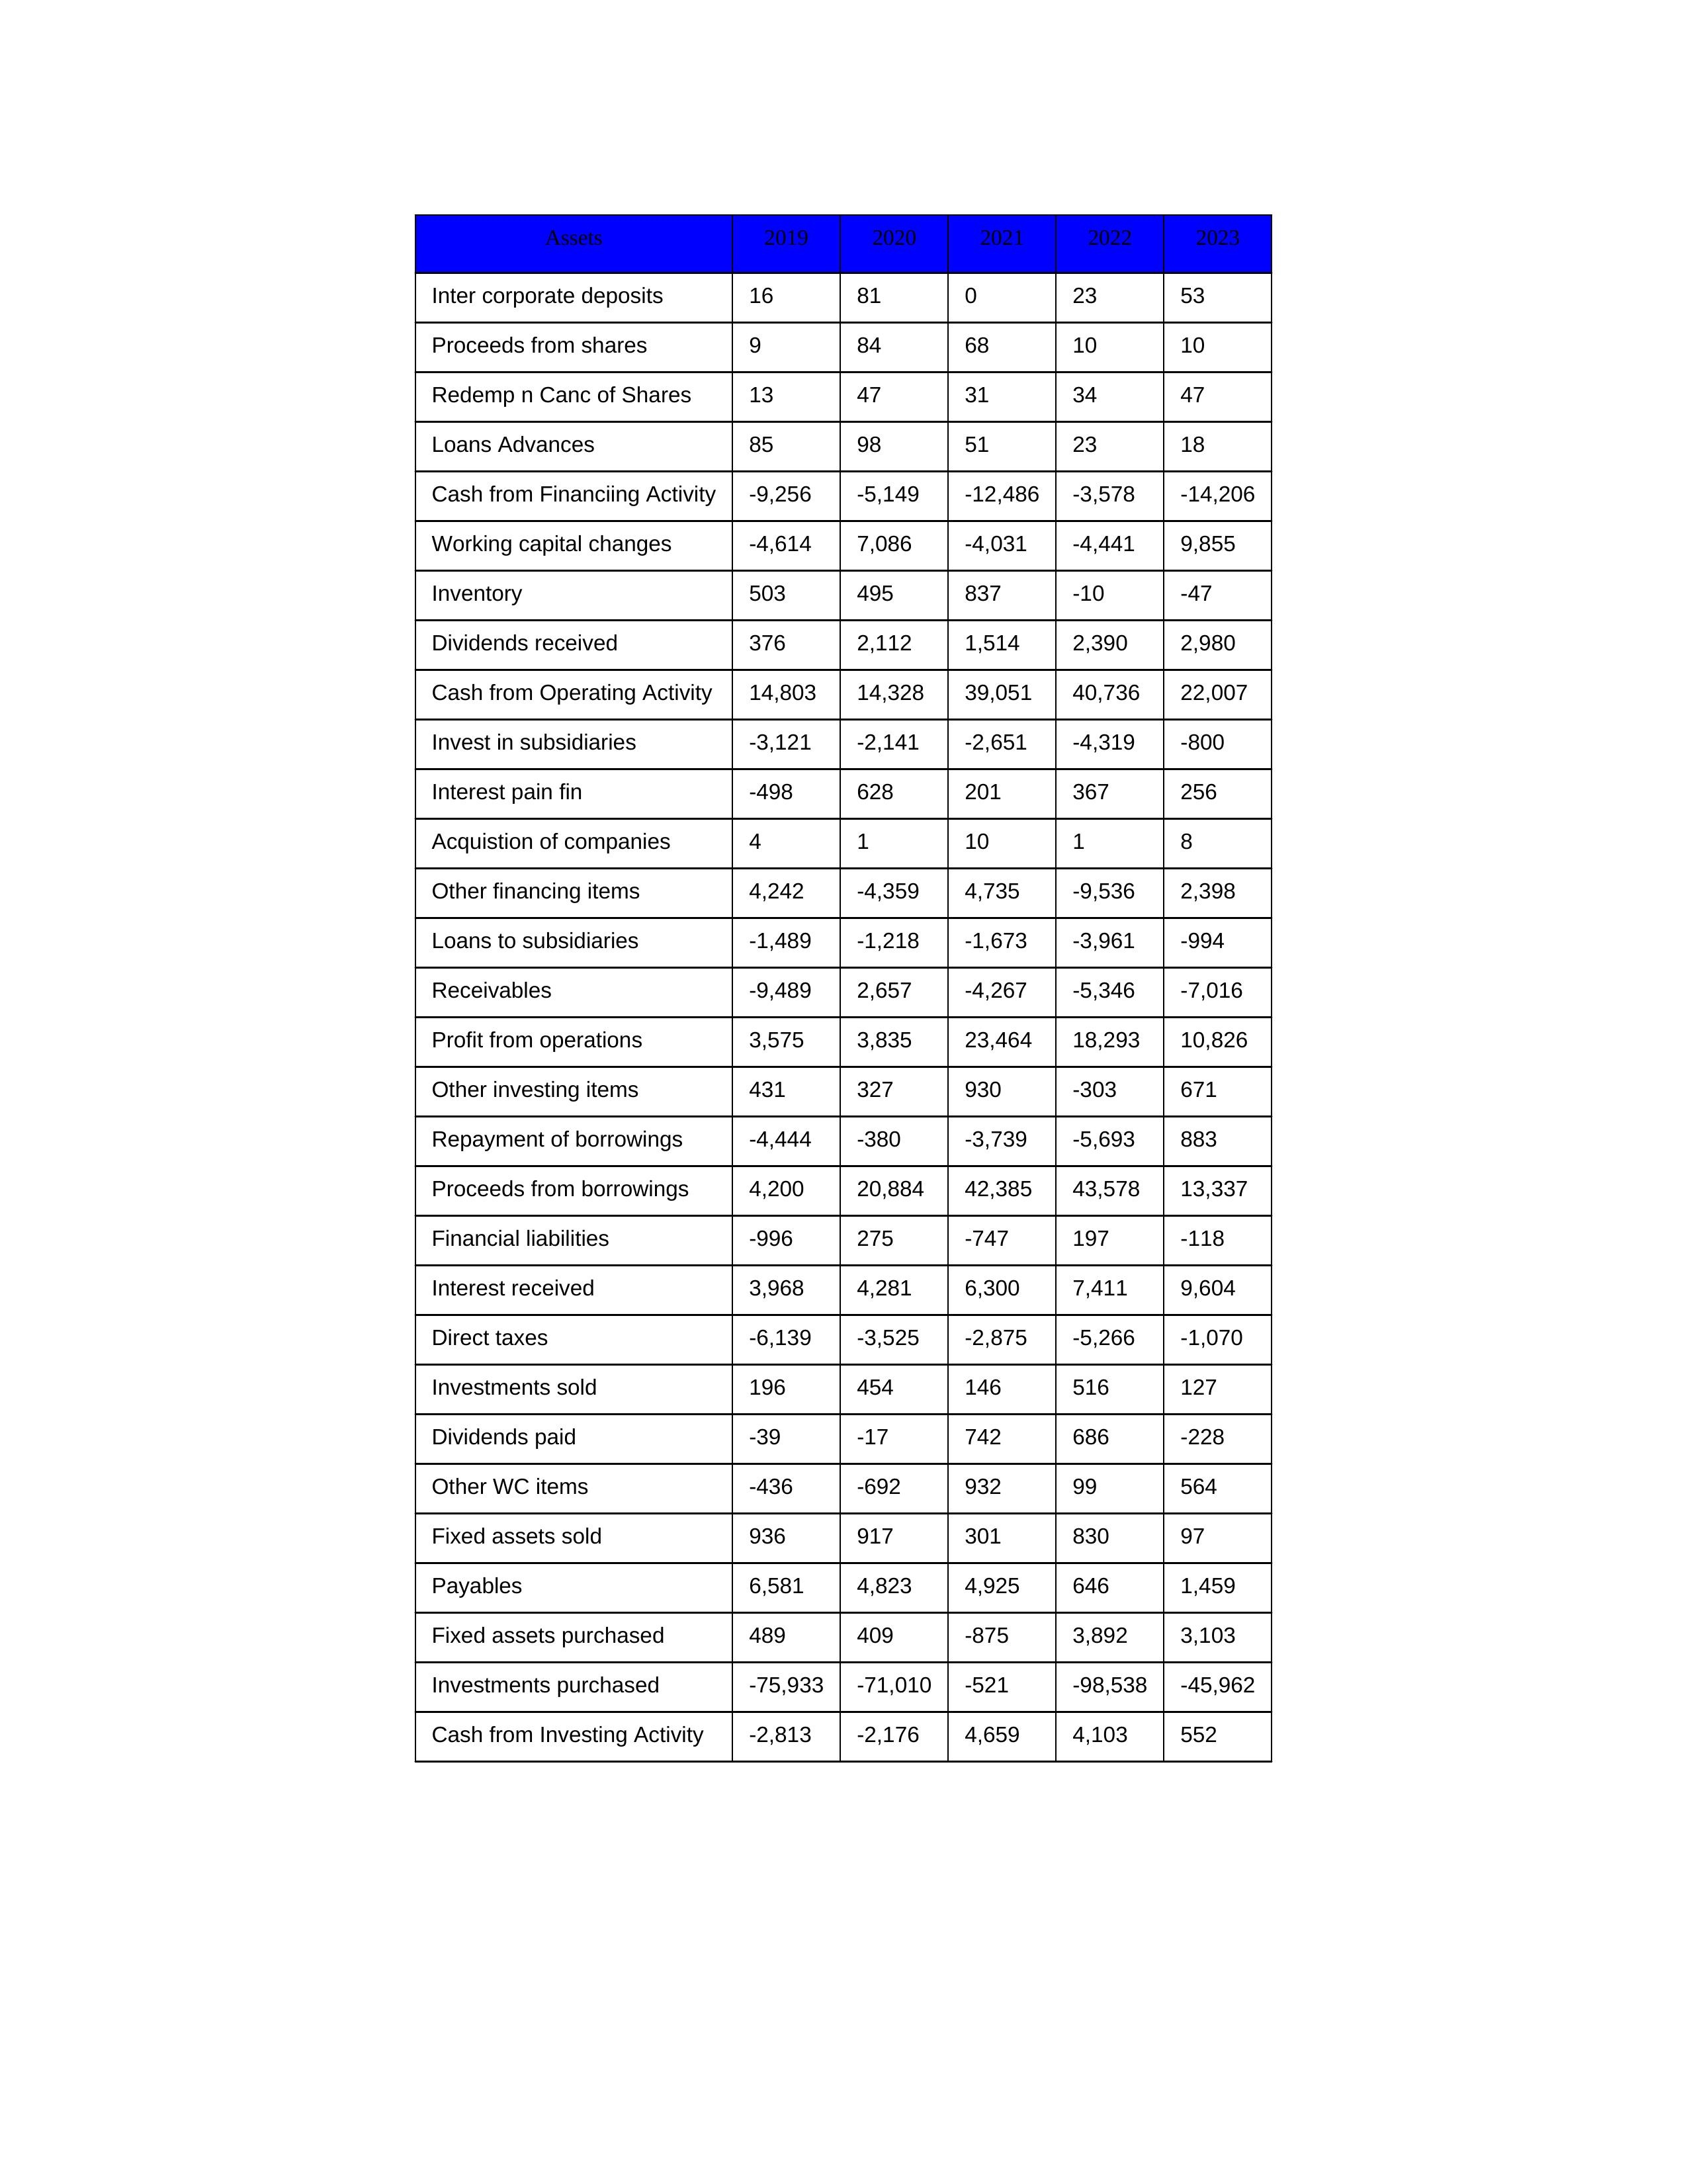
gt_parse: 2019: Cash from Operating Activity: 14,803
Profit from operations: 3,575
Receivables: -9,489
Inventory: 503
Payables: 6,581
Loans Advances: 85
Other WC items: -436
Working capital changes: -4,614
Direct taxes: -6,139
Cash from Investing Activity: -2,813
Fixed assets purchased: 489
Fixed assets sold: 936
Investments purchased: -75,933
Investments sold: 196
Interest received: 3,968
Dividends received: 376
Invest in subsidiaries: -3,121
Loans to subsidiaries: -1,489
Redemp n Canc of Shares: 13
Acquistion of companies: 4
Inter corporate deposits: 16
Other investing items: 431
Cash from Financiing Activity: -9,256
Proceeds from shares: 9
Proceeds from borrowings: 4,200
Repayment of borrowings: -4,444
Interest pain fin: -498
Dividends paid: -39
Financial liabilities: -996
Other financing items: 4,242
2020: Cash from Operating Activity: 14,328
Profit from operations: 3,835
Receivables: 2,657
Inventory: 495
Payables: 4,823
Loans Advances: 98
Other WC items: -692
Working capital changes: 7,086
Direct taxes: -3,525
Cash from Investing Activity: -2,176
Fixed assets purchased: 409
Fixed assets sold: 917
Investments purchased: -71,010
Investments sold: 454
Interest received: 4,281
Dividends received: 2,112
Invest in subsidiaries: -2,141
Loans to subsidiaries: -1,218
Redemp n Canc of Shares: 47
Acquistion of companies: 1
Inter corporate deposits: 81
Other investing items: 327
Cash from Financiing Activity: -5,149
Proceeds from shares: 84
Proceeds from borrowings: 20,884
Repayment of borrowings: -380
Interest pain fin: 628
Dividends paid: -17
Financial liabilities: 275
Other financing items: -4,359
2021: Cash from Operating Activity: 39,051
Profit from operations: 23,464
Receivables: -4,267
Inventory: 837
Payables: 4,925
Loans Advances: 51
Other WC items: 932
Working capital changes: -4,031
Direct taxes: -2,875
Cash from Investing Activity: 4,659
Fixed assets purchased: -875
Fixed assets sold: 301
Investments purchased: -521
Investments sold: 146
Interest received: 6,300
Dividends received: 1,514
Invest in subsidiaries: -2,651
Loans to subsidiaries: -1,673
Redemp n Canc of Shares: 31
Acquistion of companies: 10
Inter corporate deposits: 0
Other investing items: 930
Cash from Financiing Activity: -12,486
Proceeds from shares: 68
Proceeds from borrowings: 42,385
Repayment of borrowings: -3,739
Interest pain fin: 201
Dividends paid: 742
Financial liabilities: -747
Other financing items: 4,735
2022: Cash from Operating Activity: 40,736
Profit from operations: 18,293
Receivables: -5,346
Inventory: -10
Payables: 646
Loans Advances: 23
Other WC items: 99
Working capital changes: -4,441
Direct taxes: -5,266
Cash from Investing Activity: 4,103
Fixed assets purchased: 3,892
Fixed assets sold: 830
Investments purchased: -98,538
Investments sold: 516
Interest received: 7,411
Dividends received: 2,390
Invest in subsidiaries: -4,319
Loans to subsidiaries: -3,961
Redemp n Canc of Shares: 34
Acquistion of companies: 1
Inter corporate deposits: 23
Other investing items: -303
Cash from Financiing Activity: -3,578
Proceeds from shares: 10
Proceeds from borrowings: 43,578
Repayment of borrowings: -5,693
Interest pain fin: 367
Dividends paid: 686
Financial liabilities: 197
Other financing items: -9,536
2023: Cash from Operating Activity: 22,007
Profit from operations: 10,826
Receivables: -7,016
Inventory: -47
Payables: 1,459
Loans Advances: 18
Other WC items: 564
Working capital changes: 9,855
Direct taxes: -1,070
Cash from Investing Activity: 552
Fixed assets purchased: 3,103
Fixed assets sold: 97
Investments purchased: -45,962
Investments sold: 127
Interest received: 9,604
Dividends received: 2,980
Invest in subsidiaries: -800
Loans to subsidiaries: -994
Redemp n Canc of Shares: 47
Acquistion of companies: 8
Inter corporate deposits: 53
Other investing items: 671
Cash from Financiing Activity: -14,206
Proceeds from shares: 10
Proceeds from borrowings: 13,337
Repayment of borrowings: 883
Interest pain fin: 256
Dividends paid: -228
Financial liabilities: -118
Other financing items: 2,398